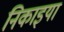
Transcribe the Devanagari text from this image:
निकाइया